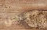
محسن